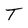
Character: T